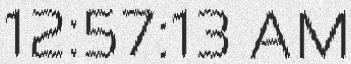
12:57:13 AM